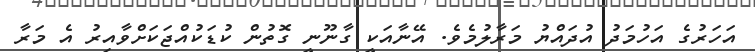
އަހަރުގެ އަހުމަދު އުދައްޔު މަރާލުމެވެ. އޭނާއަކީ ގާނޫނީ ގޮތުން ކުޑަކުއްޖަކަށްވާއިރު އެ މަރާ